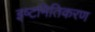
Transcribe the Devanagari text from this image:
इष्‍टमितिकरण